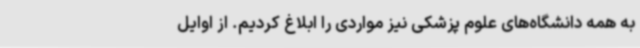
به همه دانشگاه‌های علوم پزشکی نیز مواردی را ابلاغ کردیم. از اوایل